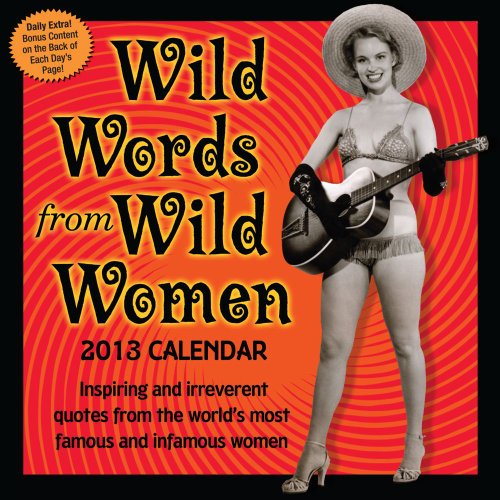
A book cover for Wild Words from Wild Women 2013 Day-to-Day Calendar: inspiring and irreverent quotes from the world's most famous and infamous women; Autumn Stephens; Calendars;